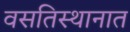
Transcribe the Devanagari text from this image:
वसतिस्थानात